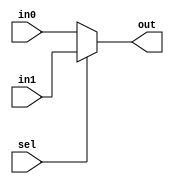
// 1-bit two input multiplexer
module mux1_2(sel, in0, in1, out);
    input   sel, in0, in1;
    output  out;

    assign out = sel ? in1 : in0;

endmodule

// 4-bit four input multiplexer
module mux4_4(sel, in0, in1, in2, in3, out);
    input   [1:0]   sel;
    input   [3:0]   in0, in1, in2, in3;
    output  [3:0]   out;

    assign out = (sel == 0) ? in0 :
                 (sel == 1) ? in1 :
                 (sel == 2) ? in2 :
                 (sel == 3) ? in3 : 4'bx;

endmodule